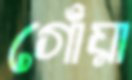
গোঁয়া